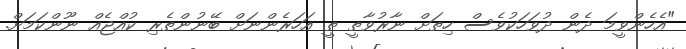
"އެހެންވީމަ ދެން ދުވަހަކުވެސް ހިތަށް ނާރުވާތީ ތީ އަހަރެންނަށް ބޭނުންތެރި ކުއްޖެއް ނޫންކަމަށް.